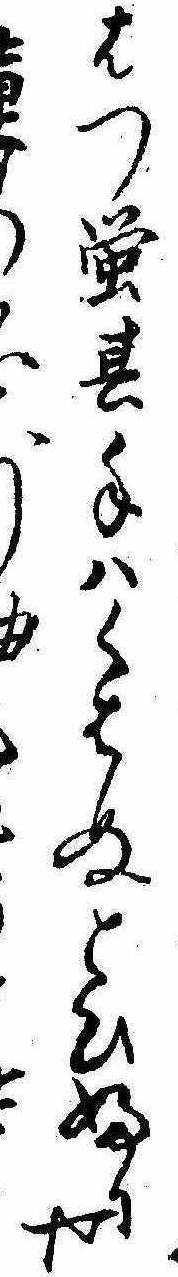
はつ蛍其手はくはぬとひふりや少曲